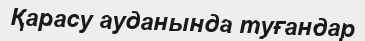
Қарасу ауданында туғандар